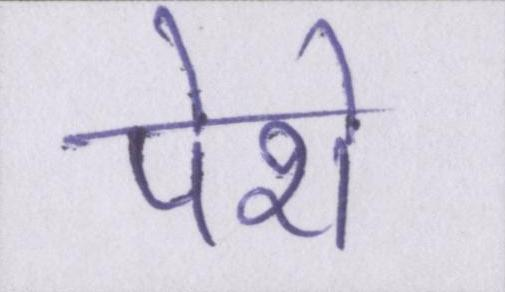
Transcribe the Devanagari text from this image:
पेशे